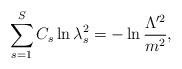
LaTeX: \begin{align*}\sum_{s=1}^S C_s\ln\lambda_s^2=-\ln\frac{\Lambda^{\prime2}} {m^2},\end{align*}